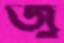
জু